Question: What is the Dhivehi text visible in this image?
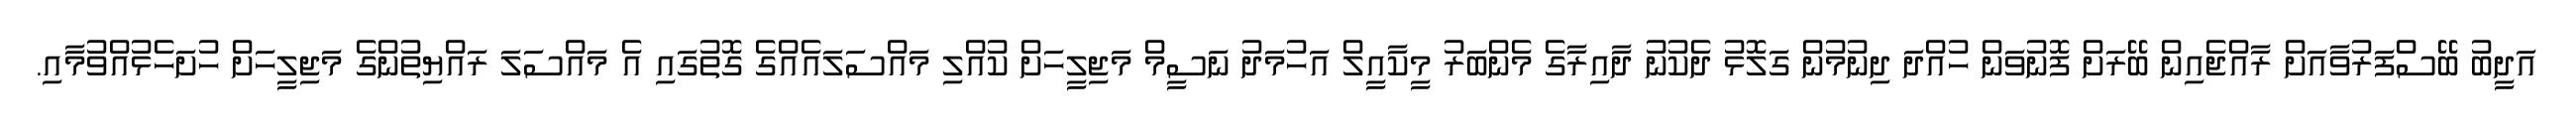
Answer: އަދީބު ބޭސްފަރުވާއަށް ރާއްޖެއިން ބޭރަށް ފޮނުވަން ހުއްދަ ދިނުމުން ގަލޮޅު ދެކުނު ދާއިރާގެ މެންބަރު މީކާއީލް އަހުމަދު ނަސީމް މަޖިލީހަށް ކުއްލި މައްސަލައެއްގެ ގޮތުގައި އެ މައްސަލަ ރައްޔިތުންގެ މަޖިލީހަށް ހުށަހެޅުއްވުމާއި.